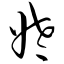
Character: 姥